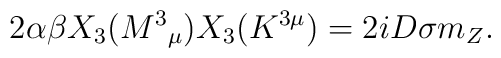
2\alpha \beta X_{3}(M^{3}{}_{\mu })X_{3}(K^{3\mu })= 2 i D \sigma m_{Z}.